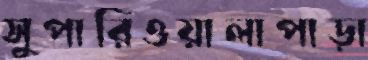
সুপারিওয়ালাপাড়া